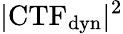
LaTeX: |\textrm{CTF}_{\textrm{dyn}}|^{2}